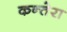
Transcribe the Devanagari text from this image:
कन्तेरा